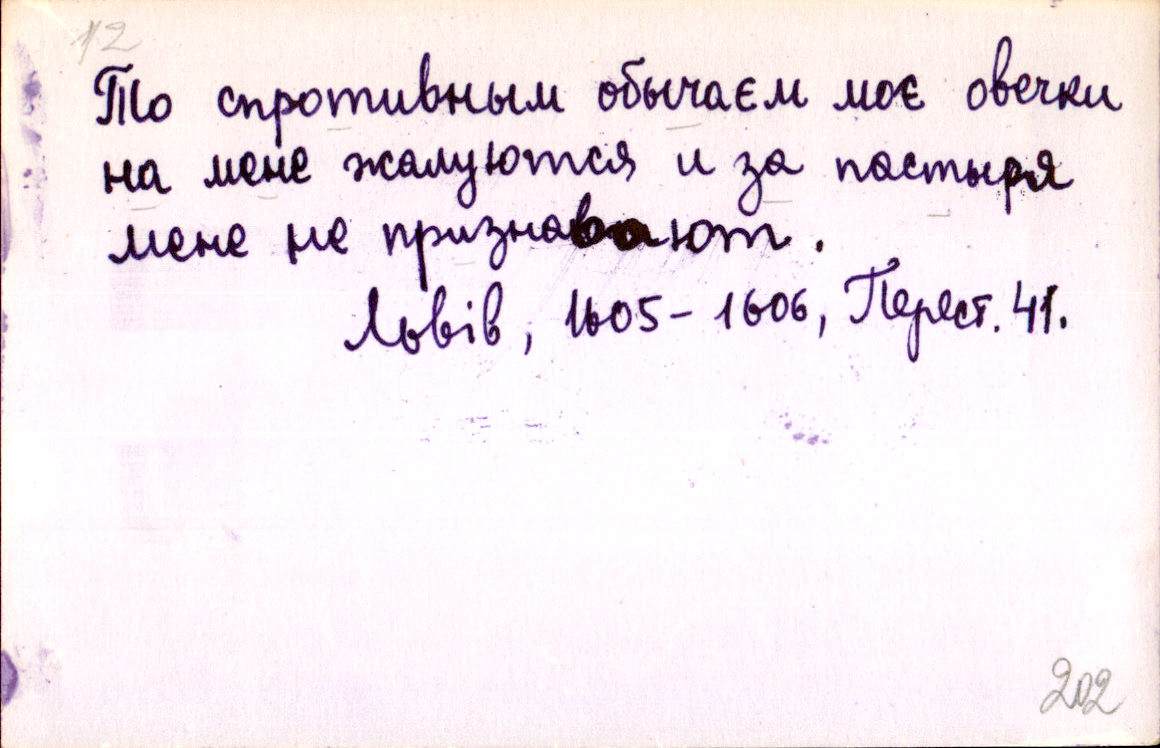
То спротивным обычаєм моє овечки
на мене жалуются и за пастыря
мене не признавают.
Львів, 1605-1606, Перест. 41.